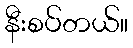
နီးစပ်တယ်။